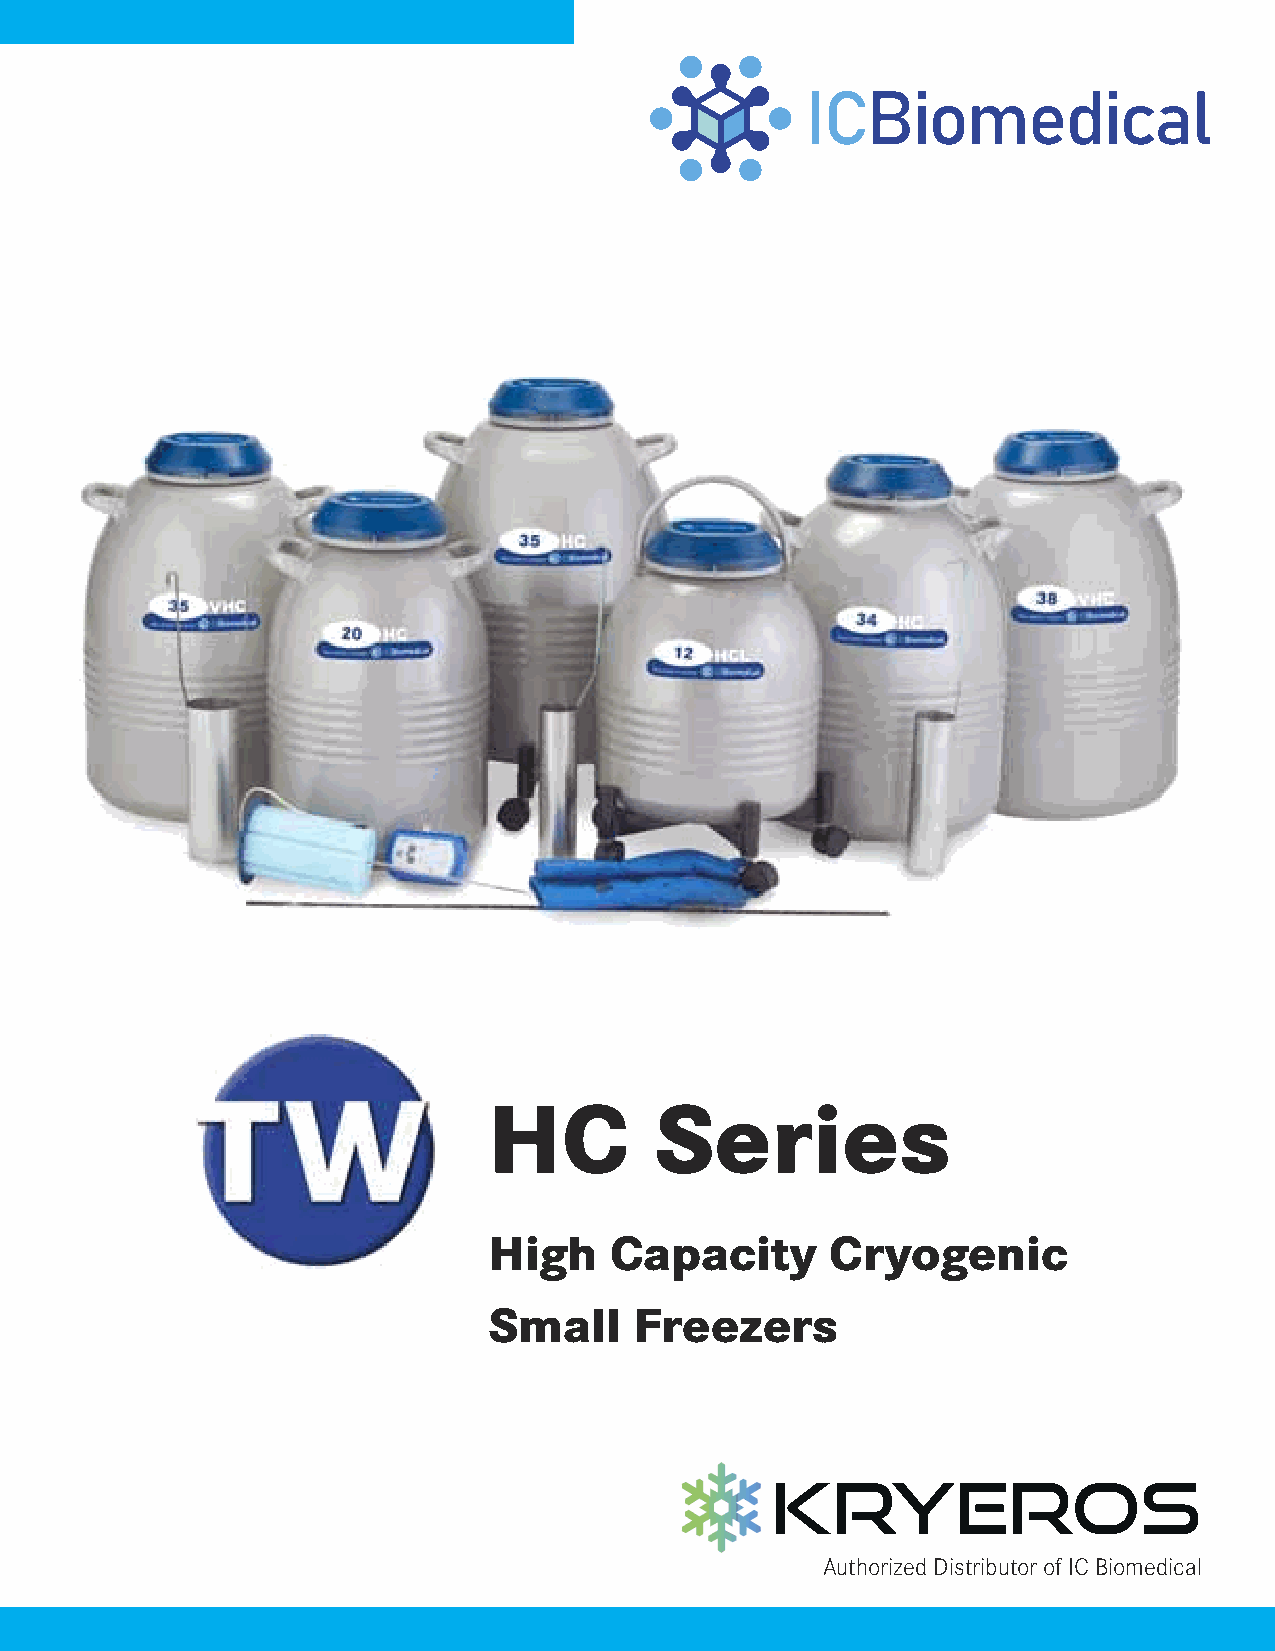
HC         Series
 High    Capacity       Cryogenic
 Small     Freezers
 KRYEROS
 Authorized Distributor of IC Biomedical